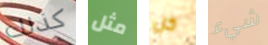
كذلك مثل كل شيء